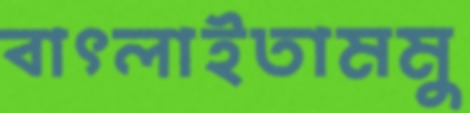
বাৎলাইতামমু